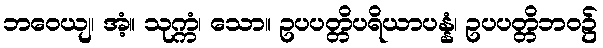
ဘဝေယျ၊ အံ့။ သုက္ကံ၊ သော။ ဥပပတ္တိပရိယာပန္နံ၊ ဥပပတ္တိဘဝ၌